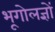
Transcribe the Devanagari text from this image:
भूगोलज्ञों